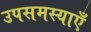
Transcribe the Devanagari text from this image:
उपसमस्याएँ